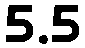
5.5